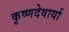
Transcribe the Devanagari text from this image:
कृष्णदेवार्या